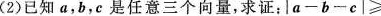
(2)已知a，b，e是任意三个向量，求证：la-b-el≥